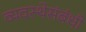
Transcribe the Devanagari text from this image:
व्यवस्थेसंबंधी